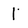
Character: 1